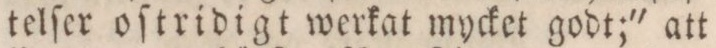
telſer oſtridigt werkat mycket godt;' att